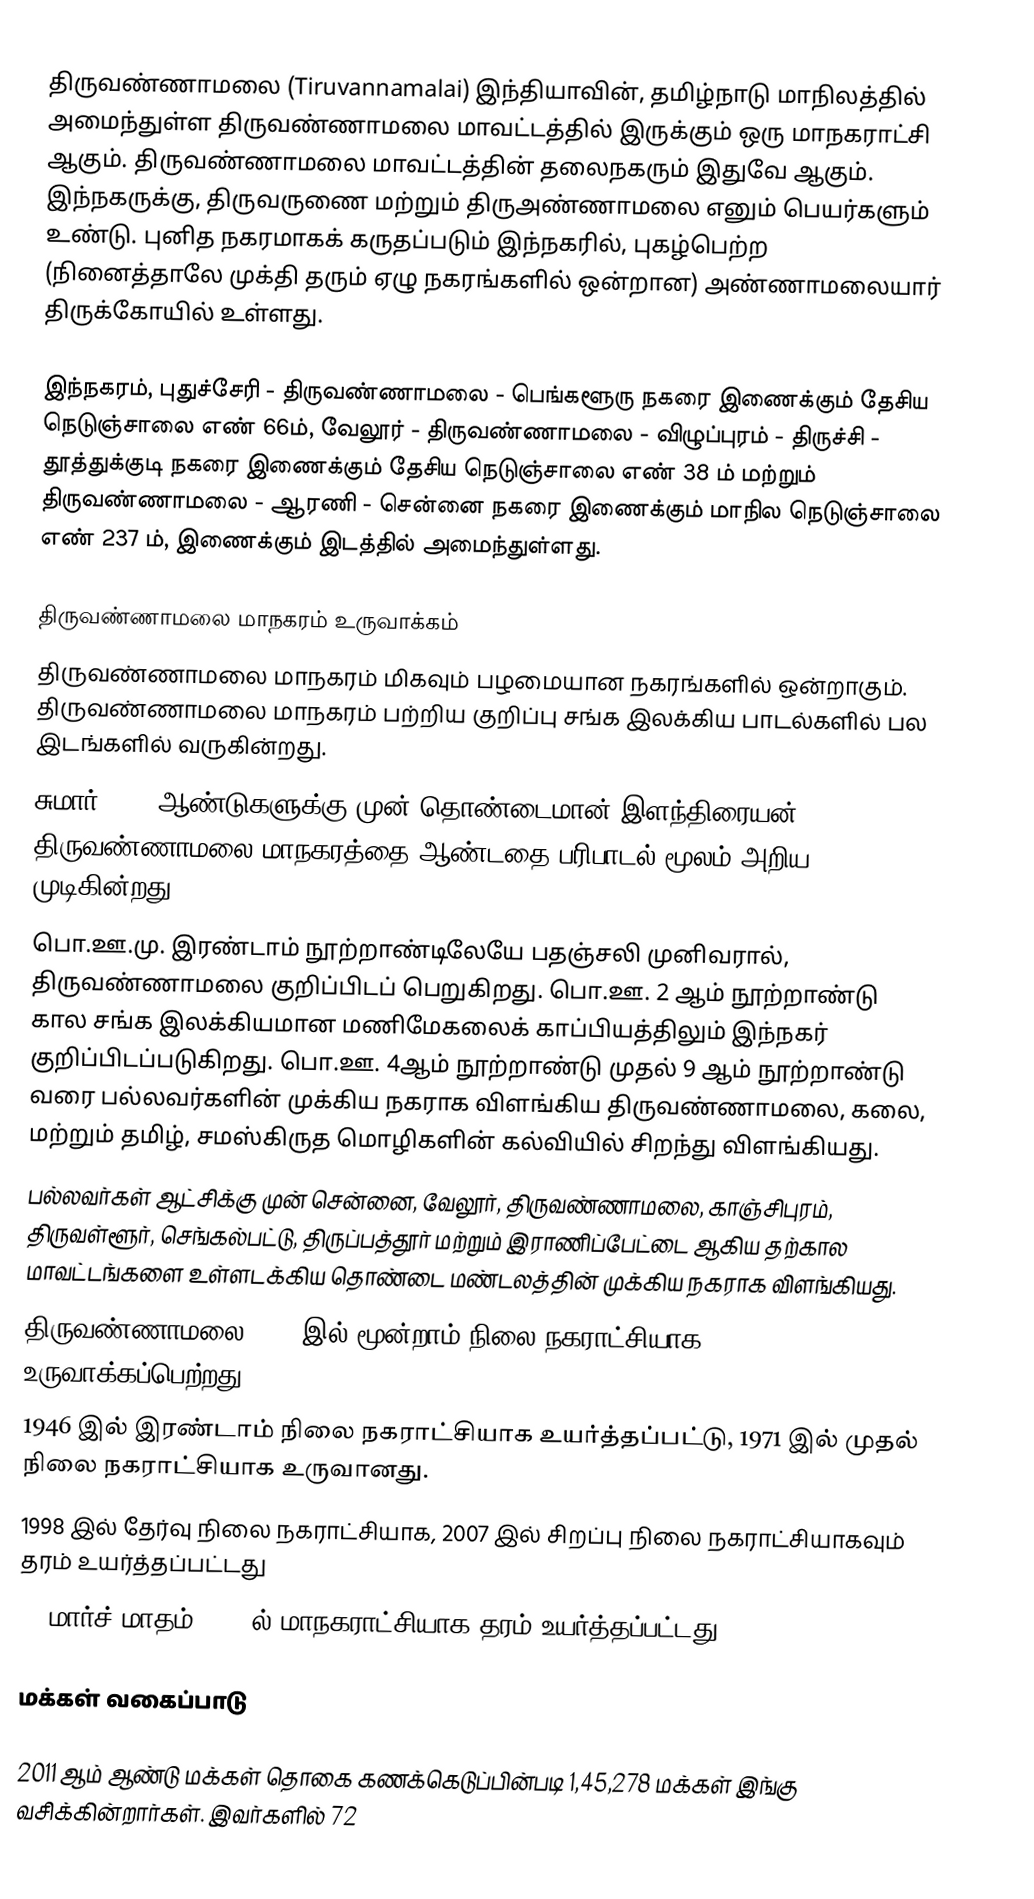
திருவண்ணாமலை (Tiruvannamalai) இந்தியாவின், தமிழ்நாடு மாநிலத்தில் அமைந்துள்ள திருவண்ணாமலை மாவட்டத்தில் இருக்கும் ஒரு மாநகராட்சி ஆகும். திருவண்ணாமலை மாவட்டத்தின் தலைநகரும் இதுவே ஆகும். இந்நகருக்கு, திருவருணை மற்றும் திருஅண்ணாமலை எனும் பெயர்களும் உண்டு. புனித நகரமாகக் கருதப்படும் இந்நகரில், புகழ்பெற்ற (நினைத்தாலே முக்தி தரும் ஏழு நகரங்களில் ஒன்றான) அண்ணாமலையார் திருக்கோயில் உள்ளது.

இந்நகரம், புதுச்சேரி - திருவண்ணாமலை - பெங்களூரு நகரை இணைக்கும்  தேசிய நெடுஞ்சாலை எண் 66ம், வேலூர் -  திருவண்ணாமலை - விழுப்புரம் - திருச்சி  - தூத்துக்குடி நகரை இணைக்கும் தேசிய நெடுஞ்சாலை எண் 38 ம் மற்றும் திருவண்ணாமலை - ஆரணி - சென்னை நகரை இணைக்கும் மாநில நெடுஞ்சாலை எண் 237 ம், இணைக்கும் இடத்தில் அமைந்துள்ளது.

திருவண்ணாமலை  மாநகரம் உருவாக்கம்
 திருவண்ணாமலை   மாநகரம்  மிகவும் பழமையான நகரங்களில் ஒன்றாகும். திருவண்ணாமலை மாநகரம் பற்றிய குறிப்பு சங்க இலக்கிய பாடல்களில் பல இடங்களில் வருகின்றது.
 சுமார் 2500 ஆண்டுகளுக்கு முன் தொண்டைமான் இளந்திரையன் திருவண்ணாமலை மாநகரத்தை ஆண்டதை பரிபாடல் மூலம் அறிய முடிகின்றது.
 பொ.ஊ.மு. இரண்டாம் நூற்றாண்டிலேயே பதஞ்சலி முனிவரால், திருவண்ணாமலை குறிப்பிடப் பெறுகிறது. பொ.ஊ. 2 ஆம் நூற்றாண்டு கால சங்க இலக்கியமான மணிமேகலைக் காப்பியத்திலும் இந்நகர் குறிப்பிடப்படுகிறது. பொ.ஊ. 4ஆம் நூற்றாண்டு முதல் 9 ஆம் நூற்றாண்டு வரை பல்லவர்களின் முக்கிய நகராக விளங்கிய திருவண்ணாமலை, கலை, மற்றும் தமிழ், சமஸ்கிருத மொழிகளின் கல்வியில் சிறந்து விளங்கியது.
 பல்லவர்கள் ஆட்சிக்கு முன் சென்னை, வேலூர், திருவண்ணாமலை, காஞ்சிபுரம், திருவள்ளூர், செங்கல்பட்டு, திருப்பத்தூர் மற்றும் இராணிப்பேட்டை ஆகிய தற்கால மாவட்டங்களை உள்ளடக்கிய தொண்டை மண்டலத்தின் முக்கிய நகராக விளங்கியது.
 திருவண்ணாமலை 1866 இல் மூன்றாம் நிலை நகராட்சியாக உருவாக்கப்பெற்றது.
 1946 இல் இரண்டாம் நிலை நகராட்சியாக உயர்த்தப்பட்டு, 1971 இல் முதல் நிலை நகராட்சியாக உருவானது.
 1998 இல் தேர்வு நிலை நகராட்சியாக, 2007 இல் சிறப்பு நிலை நகராட்சியாகவும் தரம் உயர்த்தப்பட்டது
 15  மார்ச் மாதம் 2024 ல் மாநகராட்சியாக தரம் உயர்த்தப்பட்டது.

மக்கள் வகைப்பாடு

2011 ஆம் ஆண்டு மக்கள் தொகை கணக்கெடுப்பின்படி 1,45,278 மக்கள் இங்கு வசிக்கின்றார்கள். இவர்களில் 72